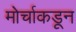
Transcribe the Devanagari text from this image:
मोर्चाकडून